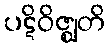
ပဋိဝိဇ္ဈတိ